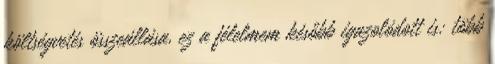
költségvetés összeállása, ez a félelmem később igazolódott is: több